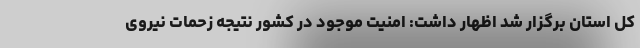
کل استان برگزار شد اظهار داشت: امنیت موجود در کشور نتیجه زحمات نیروی